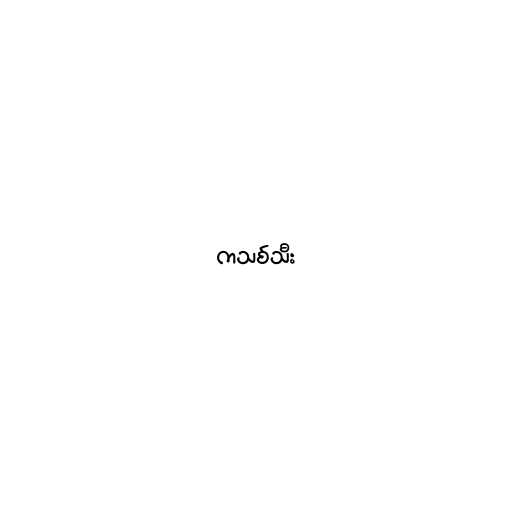
ကသစ်သီး